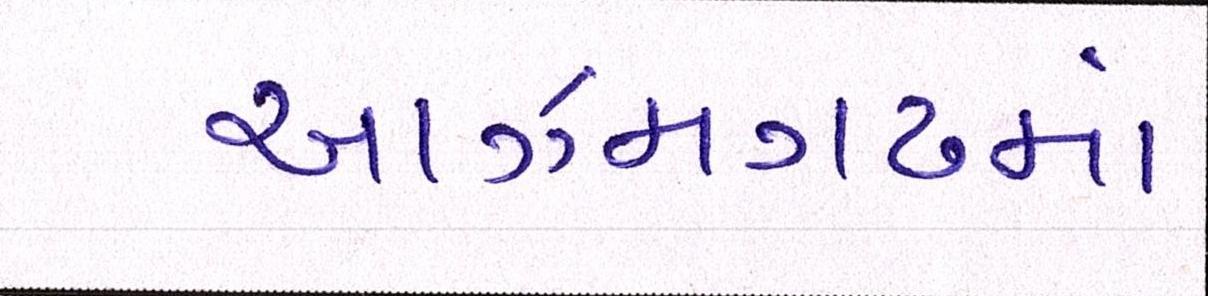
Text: આઝમગઢમાં